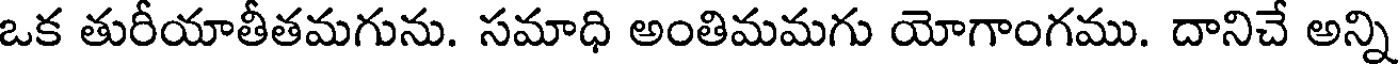
ఒక తురీయాతీతమగును. సమాధి అంతిమమగు యోగాంగము. దానిచే అన్ని